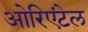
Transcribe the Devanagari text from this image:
ओरिएंटेल